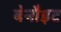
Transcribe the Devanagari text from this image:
बेनौइट